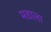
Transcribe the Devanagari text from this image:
मडाला